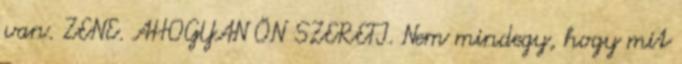
van. ZENE. AHOGYAN ÖN SZERETI. Nem mindegy, hogy mit